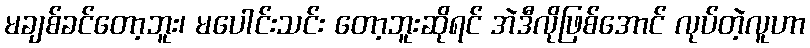
မချစ်ခင်တော့ဘူး၊ မပေါင်းသင်း တော့ဘူးဆိုရင် အဲဒီလိုဖြစ်အောင် လုပ်တဲ့လူဟာ